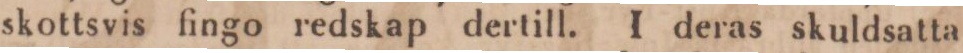
skottsvis fingo redskap dertill. I deras skuldsatta